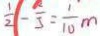
\frac { 1 } { 2 } - \frac { 2 } { 5 } = \frac { 1 } { 1 0 } m